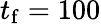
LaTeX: t_{\mathrm{f}}=100